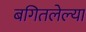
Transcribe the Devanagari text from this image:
बगितलेल्या